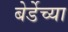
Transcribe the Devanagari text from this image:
बेर्डेच्या